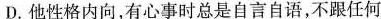
D.他性格内向，有心事时总是自言自语，不跟任何